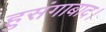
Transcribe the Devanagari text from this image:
हुसंगाबाद।